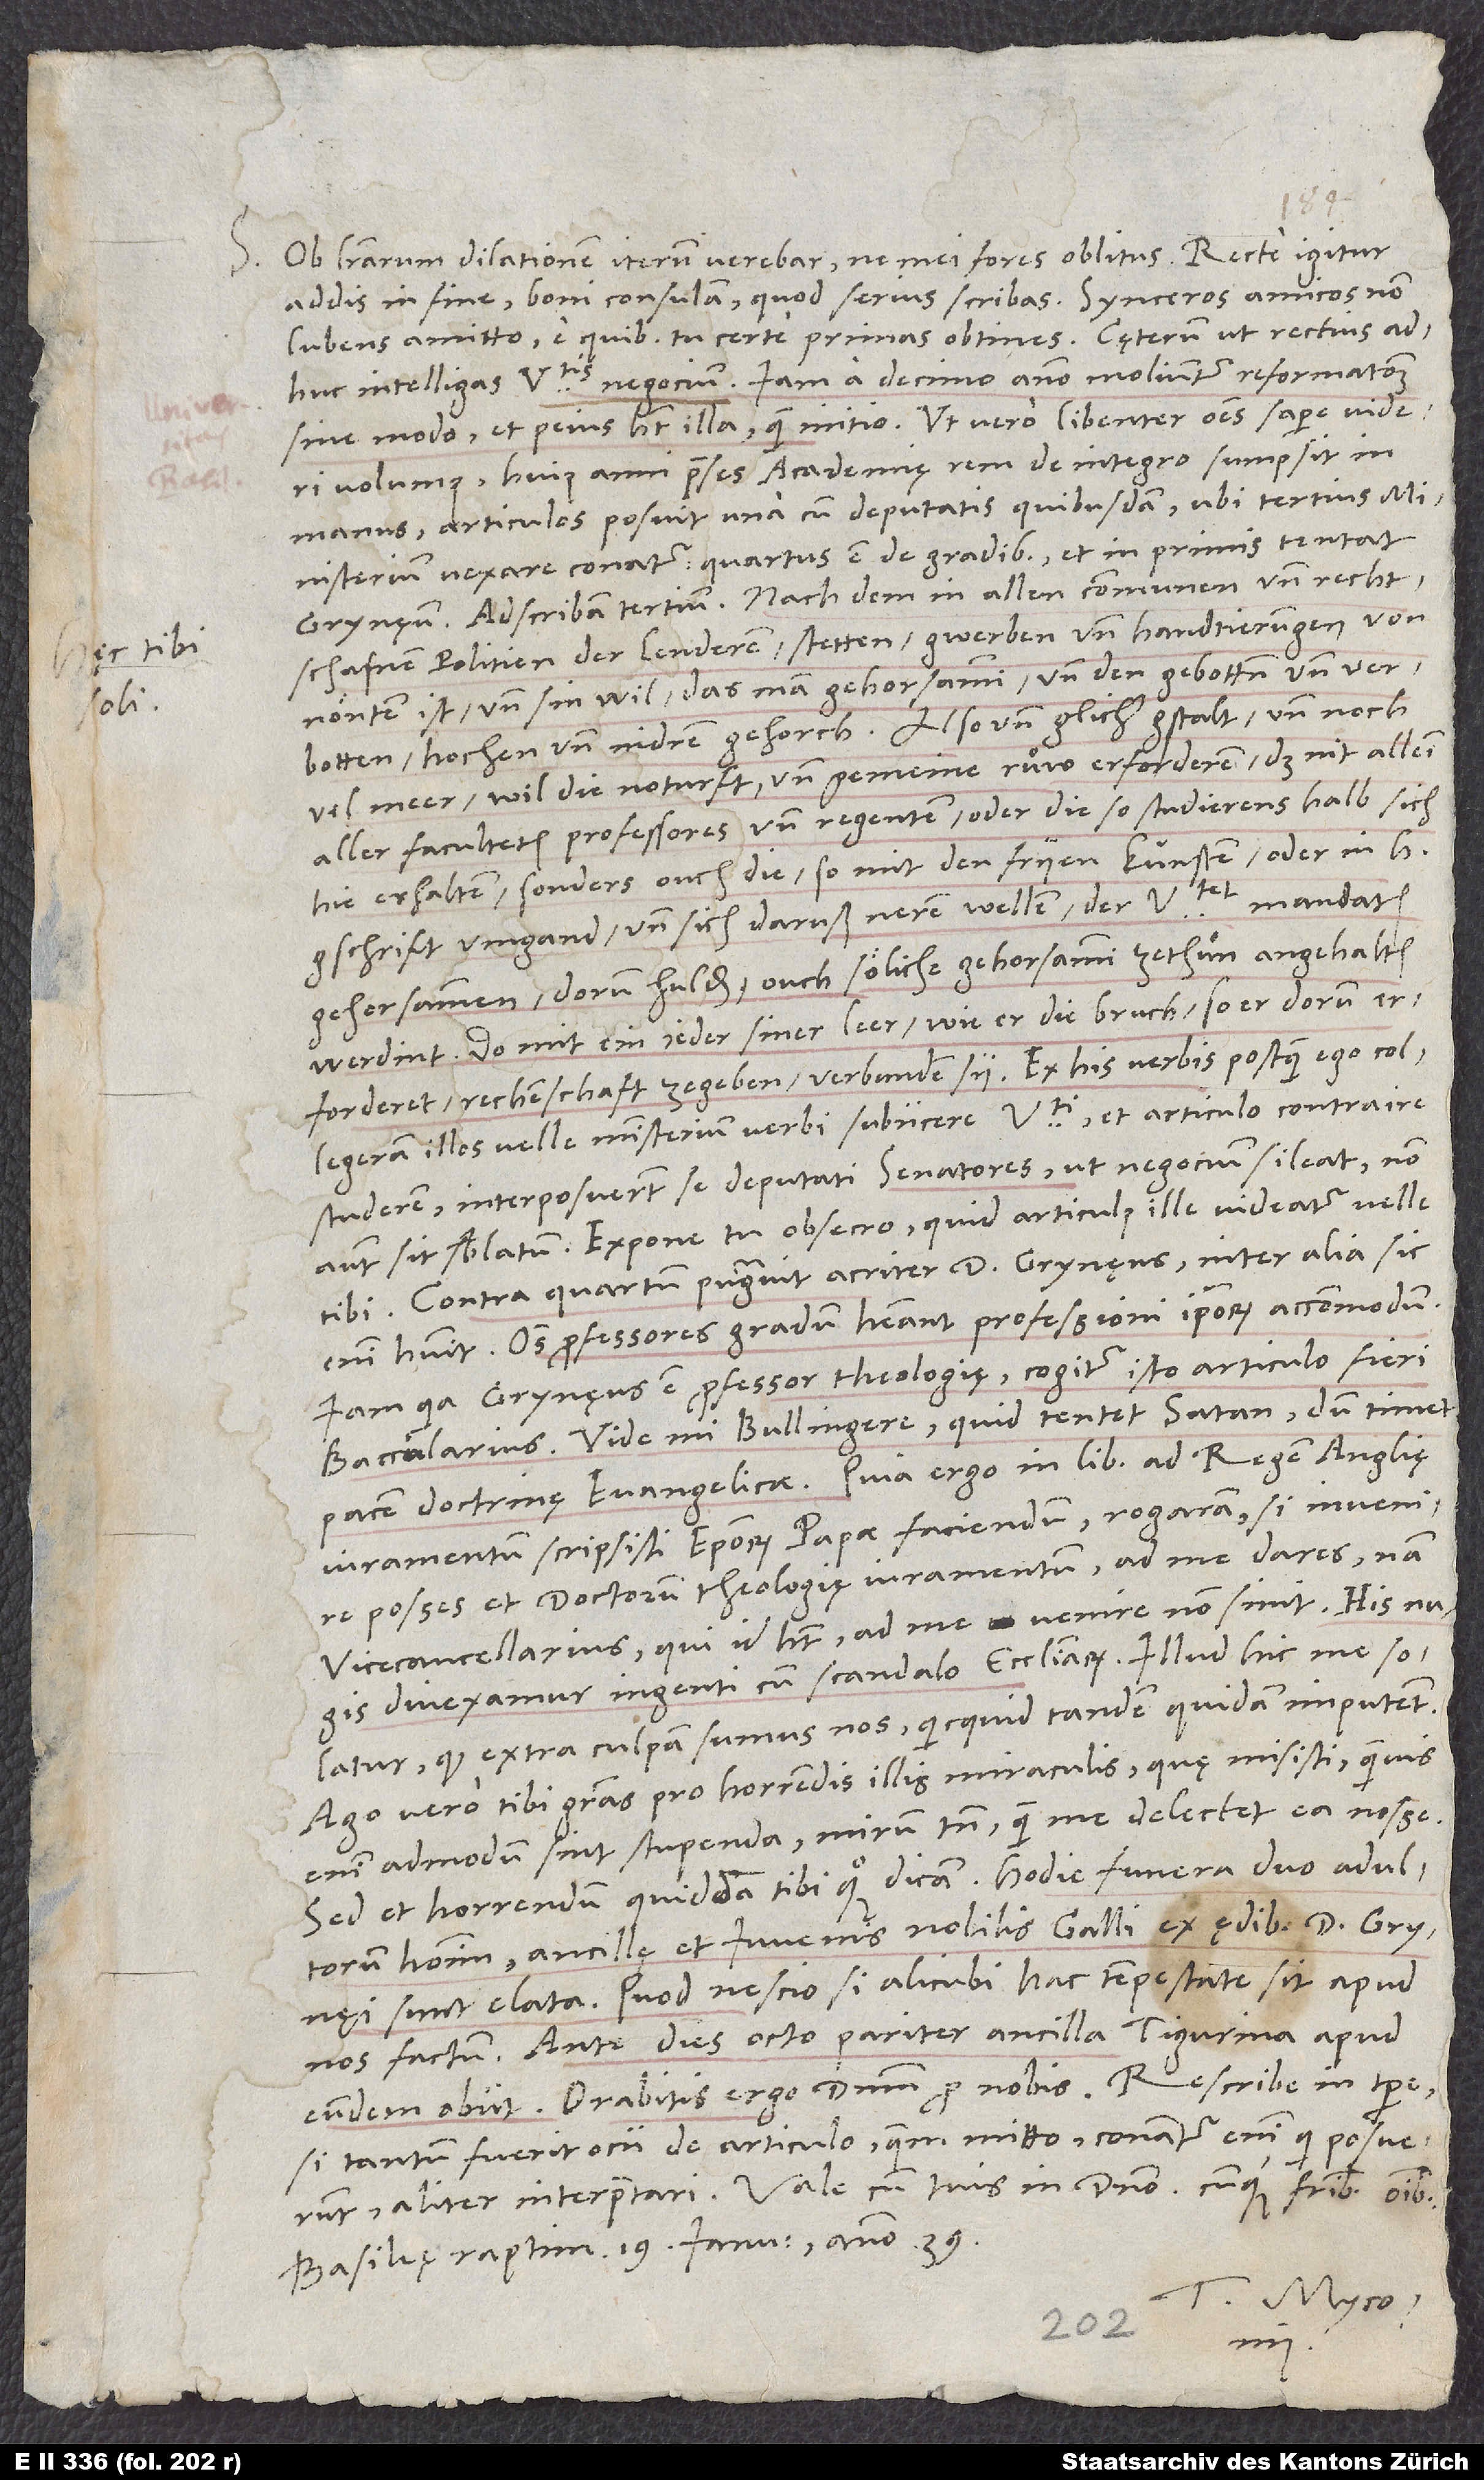
S. Ob literarum dilationem iterum verebar, ne mei fores oblitus. Recte igitur
addis in fine, boni consulam, quod serius scribas. Synceros amicos non
adhuc intelligas universitatis negocium: Iam a decimo anno moliuntur reformationem
sine modo, et peius habet illa quam initio. Ut vero libenter omnes sapere videri
volumus, huius anni praeses academię rem de integro sumpsit in
manus, articulos posuit una cum deputatis quibusdam, ubi tertius
ministerium vexare conatur; quartus est de gradibus et in primis tentat
Grynęum. Adscribam tertium: „Nach dem in allen communen und rechtschafnen
politien der lenderen, stetten, gwerben und handtierungen von
nöuten ist und sin wil, das man gehorsammi und den gebotten und verbotten,
hochen und nidren, gehorch, also und glicher gstalt und noch
vil meer wil die noturft und gemeine ruͦw erforderen, daß nit allein
aller faculteten professores und regenten oder die, so studierens halb sich
hie erhalten, sonders ouch die, so mit den fryen künsten oder in h
gschrift umgand und sich daruß neren wellen, der universitet mandaten
gehorsammen, dorumb hulden, ouch söliche gehorsammi zethuͦn angehalten
werdint, do mit ein jeder siner leer, wie er die bruch, so er dorumb
erforderet, rechenschaft zegeben verbunden sy.“ Ex his verbis postquam ego collegeram
illos velle ministerium verbi subiicere universitati et articulo contraire
studerem, interposuerunt se deputati senatores, ut negocium sileat, non
autem sit sublatum. Expone tu, obsecro, quid articulus ille videatur velle
tibi. Contra quartum pugnavit acriter d. Grynęus; inter alia sic
enim habuit: Omnes professores gradum habeant professioni ipsorum accommodum.
Iam quia Grynęus est professor theologię, cogitur isto articulo fieri
Vide, mi Bullingere, quid tentet satan, dum timet
pacem doctrinę evangelicae. Quia ergo in libro ad regem Anglię
iuramentum scripsisti episcoporum papae faciendum, rogaram, si invenire
posses et doctorum theologię iuramentum, ad me dares; nam
vicecancellarius, qui id habet, ad me venire non sinit. His nugis
divexamur ingenti cum scandalo ecclesiarum. Illud hic me solatur,
quod extra culpam sumus nos, quicquid tandem quidam imputent.
Ago vero tibi gratias pro horrendis illis miraculis, quę misisti; quamvis
enim admodum sint stupenda, mirum tamen, quam me delectet ea nosse.
Sed et horrendum quiddam tibi quoque dicam: Hodie funera duo adultorum
hominum, ancillę et iuvenis nobilis Galli, ex ędibus d. Grynęi
sunt elata, quod nescio, si alicubi hac tempestate sit apud
nos factum. Ante dies octo pariter ancilla Tigurina apud
eundem obiit. Orabitis ergo dominum pro nobis. Rescribe in tempore,
si tantum fuerit ocii, de articulo, quem mitto; conantur enim, qui posuerunt,
Basileę, raptim, 19. ianuarii anno 39.